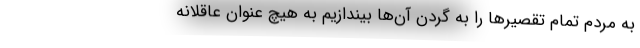
به مردم تمام تقصیرها را به گردن آن‌ها بیندازیم به هیچ عنوان عاقلانه